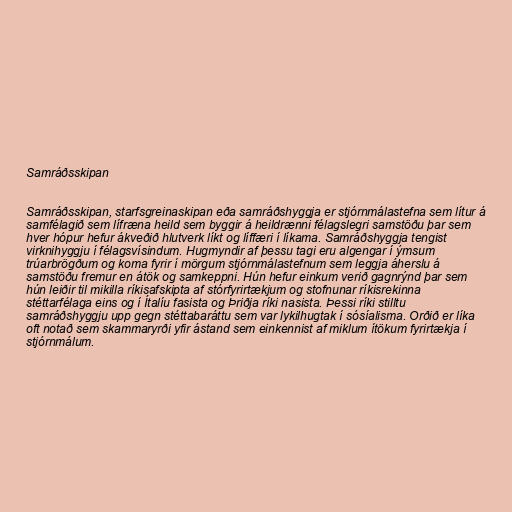
Samráðsskipan

Samráðsskipan, starfsgreinaskipan eða samráðshyggja er stjórnmálastefna sem lítur á
samfélagið sem lífræna heild sem byggir á heildrænni félagslegri samstöðu þar sem
hver hópur hefur ákveðið hlutverk líkt og líffæri í líkama. Samráðshyggja tengist
virknihyggju í félagsvísindum. Hugmyndir af þessu tagi eru algengar í ýmsum
trúarbrögðum og koma fyrir í mörgum stjórnmálastefnum sem leggja áherslu á
samstöðu fremur en átök og samkeppni. Hún hefur einkum verið gagnrýnd þar sem
hún leiðir til mikilla ríkisafskipta af stórfyrirtækjum og stofnunar ríkisrekinna
stéttarfélaga eins og í Ítalíu fasista og Þriðja ríki nasista. Þessi ríki stilltu
samráðshyggju upp gegn stéttabaráttu sem var lykilhugtak í sósíalisma. Orðið er líka
oft notað sem skammaryrði yfir ástand sem einkennist af miklum ítökum fyrirtækja í
stjórnmálum.